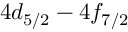
4 d _ { 5 / 2 } - 4 f _ { 7 / 2 }